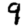
Digit: 9